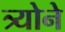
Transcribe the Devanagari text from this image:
त्र्योने